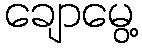
ချောမွေ့